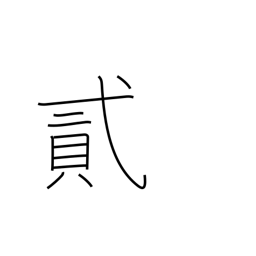
Meaning: two